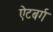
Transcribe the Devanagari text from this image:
ऐटबर्ग